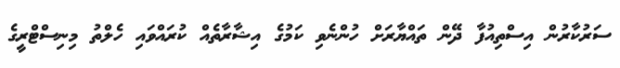
ސަރުކާރުން އިސްތިއުފާ ދޭން ތައްޔާރަށް ހުންނެވި ކަމުގެ އިޝާރާތެއް ކުރައްވައި ހެލްތު މިނިސްޓްރީގެ